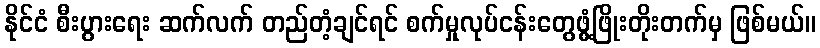
နိုင်ငံ စီးပွားရေး ဆက်လက် တည်တံ့ချင်ရင် စက်မှုလုပ်ငန်းတွေဖွံ့ဖြိုးတိုးတက်မှ ဖြစ်မယ်။